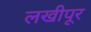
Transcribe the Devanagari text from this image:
लखीपूर